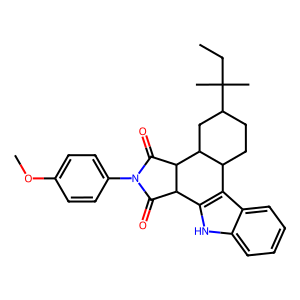
SMILES: CCC(C)(C)C1CCC2c3c([nH]c4ccccc34)C3C(=O)N(c4ccc(OC)cc4)C(=O)C3C2C1
Inhibits HIV replication: No